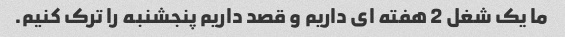
ما یک شغل 2 هفته ای داریم و قصد داریم پنجشنبه را ترک کنیم.